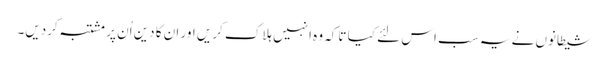
شیطانوں نے یہ سب اس لئے کیا تاکہ وہ انہیں ہلاک کریں اور ان کا دین اُن پر مشتبہ کردیں۔